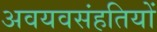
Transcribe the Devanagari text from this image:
अवयवसंहतियों